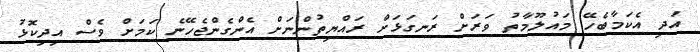
އަދި އެކަމާބެހޭ މައުލޫމާތު ވަރަށް ރަނގަޅަށް ރައްޔިތުންނަށް އެންގެންޖެހޭނެ ކަމަށް ވެސް އިދިކޮޅު